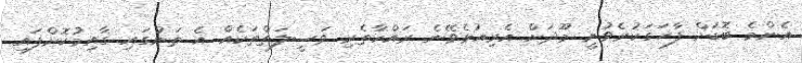
އެންމެ ބޮޑަށް ފާހަގަކުރެވުނީ މޫދަށް އެރިއުޅެވޭނެ ރައްކާތެރި ވަސީލަތްތަކެއް އެ ތަނުގައި ގާއިމުކޮށްފައި